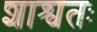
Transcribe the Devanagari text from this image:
शाश्वतः